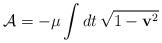
LaTeX: \begin{align*}{\cal A}=-\mu\int dt\,\sqrt{1-{\bf v}^2} \end{align*}